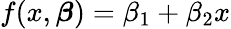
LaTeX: f(x,{\boldsymbol{\beta}})=\beta_{1}+\beta_{2}x